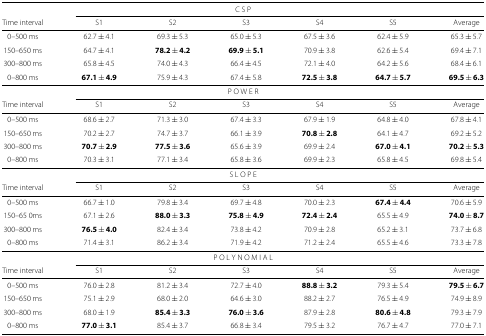
<table><thead><tr><td colspan="7"><b>C S P</b></td></tr><tr><td><b>Time interval</b></td><td><b>S1</b></td><td><b>S2</b></td><td><b>S3</b></td><td><b>S4</b></td><td><b>S5</b></td><td><b>Average</b></td></tr></thead><tbody><tr><td>0–500 ms</td><td>62.7 ±4.1</td><td>69.3 ±5.3</td><td>65.0 ±5.3</td><td>67.5 ±3.6</td><td>62.4 ±5.9</td><td>65.3 ±5.7</td></tr><tr><td>150–650 ms</td><td>64.7 ±4.1</td><td><b>78.2 ±4.2</b></td><td><b>69.9 ±5.1</b></td><td>70.9 ±3.8</td><td>62.6 ±5.4</td><td>69.4 ±7.1</td></tr><tr><td>300–800 ms</td><td>65.8 ±4.5</td><td>74.0 ±4.3</td><td>66.4 ±4.5</td><td>72.1 ±4.0</td><td>64.2 ±5.6</td><td>68.4 ±6.1</td></tr><tr><td>0–800 ms</td><td><b>67.1 ±4.9</b></td><td>75.9 ±4.3</td><td>67.4 ±5.8</td><td><b>72.5 ±3.8</b></td><td><b>64.7 ±5.7</b></td><td><b>69.5 ±6.3</b></td></tr><tr><td colspan="7">P O W E R</td></tr><tr><td>Time interval</td><td>S1</td><td>S2</td><td>S3</td><td>S4</td><td>S5</td><td>Average</td></tr><tr><td>0–500 ms</td><td>68.6 ±2.7</td><td>71.3 ±3.0</td><td>67.4 ±3.3</td><td>67.9 ±1.9</td><td>64.8 ±4.0</td><td>67.8 ±4.1</td></tr><tr><td>150–650 ms</td><td>70.2 ±2.7</td><td>74.7 ±3.7</td><td>66.1 ±3.9</td><td><b>70.8 ± 2.8</b></td><td>64.1 ±4.7</td><td>69.2 ±5.2</td></tr><tr><td>300–800 ms</td><td><b>70.7 ±2.9</b></td><td><b>77.5 ±3.6</b></td><td>65.6 ±3.9</td><td>69.9 ±2.4</td><td><b>67.0 ±4.1</b></td><td><b>70.2 ±5.3</b></td></tr><tr><td>0–800 ms</td><td>70.3 ±3.1</td><td>77.1 ±3.4</td><td>65.8 ±3.6</td><td>69.9 ±2.3</td><td>65.8 ±4.5</td><td>69.8 ±5.4</td></tr><tr><td colspan="7">S L O P E</td></tr><tr><td>Time interval</td><td>S1</td><td>S2</td><td>S3</td><td>S4</td><td>S5</td><td>Average</td></tr><tr><td>0–500 ms</td><td>66.7 ±1.0</td><td>79.8 ±3.4</td><td>69.7 ±4.8</td><td>70.0 ±2.3</td><td><b>67.4 ±4.4</b></td><td>70.6 ±5.9</td></tr><tr><td>150–65 0ms</td><td>67.1 ±2.6</td><td><b>88.0 ± 3.3</b></td><td><b>75.8 ± 4.9</b></td><td><b>72.4 ± 2.4</b></td><td>65.5 ±4.9</td><td><b>74.0 ± 8.7</b></td></tr><tr><td>300–800 ms</td><td><b>76.5 ±4.0</b></td><td>82.4 ±3.4</td><td>73.8 ±4.2</td><td>70.9 ±2.8</td><td>65.2 ±3.1</td><td>73.7 ±6.8</td></tr><tr><td>0–800 ms</td><td>71.4 ±3.1</td><td>86.2 ±3.4</td><td>71.9 ±4.2</td><td>71.2 ±2.4</td><td>65.5 ±4.6</td><td>73.3 ±7.8</td></tr><tr><td colspan="7">P O L Y N O M I A L</td></tr><tr><td>Time interval</td><td>S1</td><td>S2</td><td>S3</td><td>S4</td><td>S5</td><td>Average</td></tr><tr><td>0–500 ms</td><td>76.0 ±2.8</td><td>81.2 ±3.4</td><td>72.7 ±4.0</td><td><b>88.8 ±3.2</b></td><td>79.3 ±5.4</td><td><b>79.5 ±6.7</b></td></tr><tr><td>150–650 ms</td><td>75.1 ±2.9</td><td>68.0 ±2.0</td><td>64.6 ±3.0</td><td>88.2 ±2.7</td><td>76.5 ±4.9</td><td>74.9 ±8.9</td></tr><tr><td>300–800 ms</td><td>68.0 ±1.9</td><td><b>85.4 ±3.3</b></td><td><b>76.0 ±3.6</b></td><td>87.9 ±2.8</td><td><b>80.6 ±4.8</b></td><td>79.3 ±7.9</td></tr><tr><td>0–800 ms</td><td><b>77.0 ±3.1</b></td><td>85.4 ±3.7</td><td>66.8 ±3.4</td><td>79.5 ±3.2</td><td>76.7 ±4.7</td><td>77.0 ±7.1</td></tr></tbody></table>